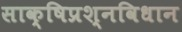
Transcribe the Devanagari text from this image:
साक्षिप्रश्नविधान